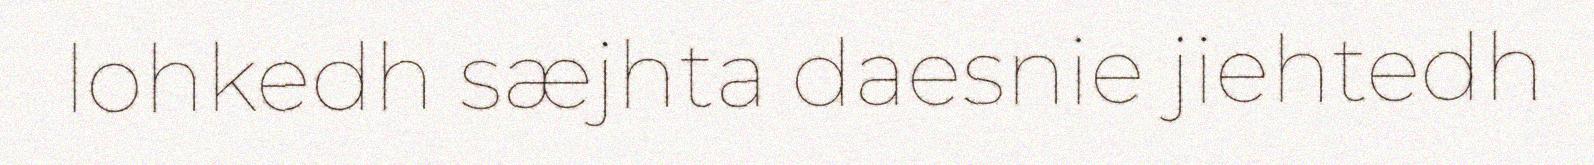
lohkedh sæjhta daesnie jiehtedh